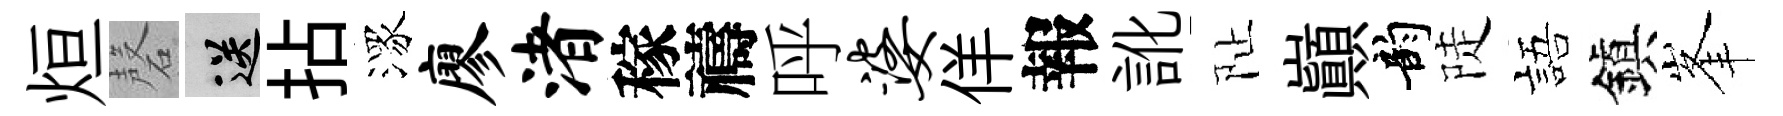
烜磬送拈潈廖渚稼禱呼婆佯報訛阯巔韵陡語鎭峯